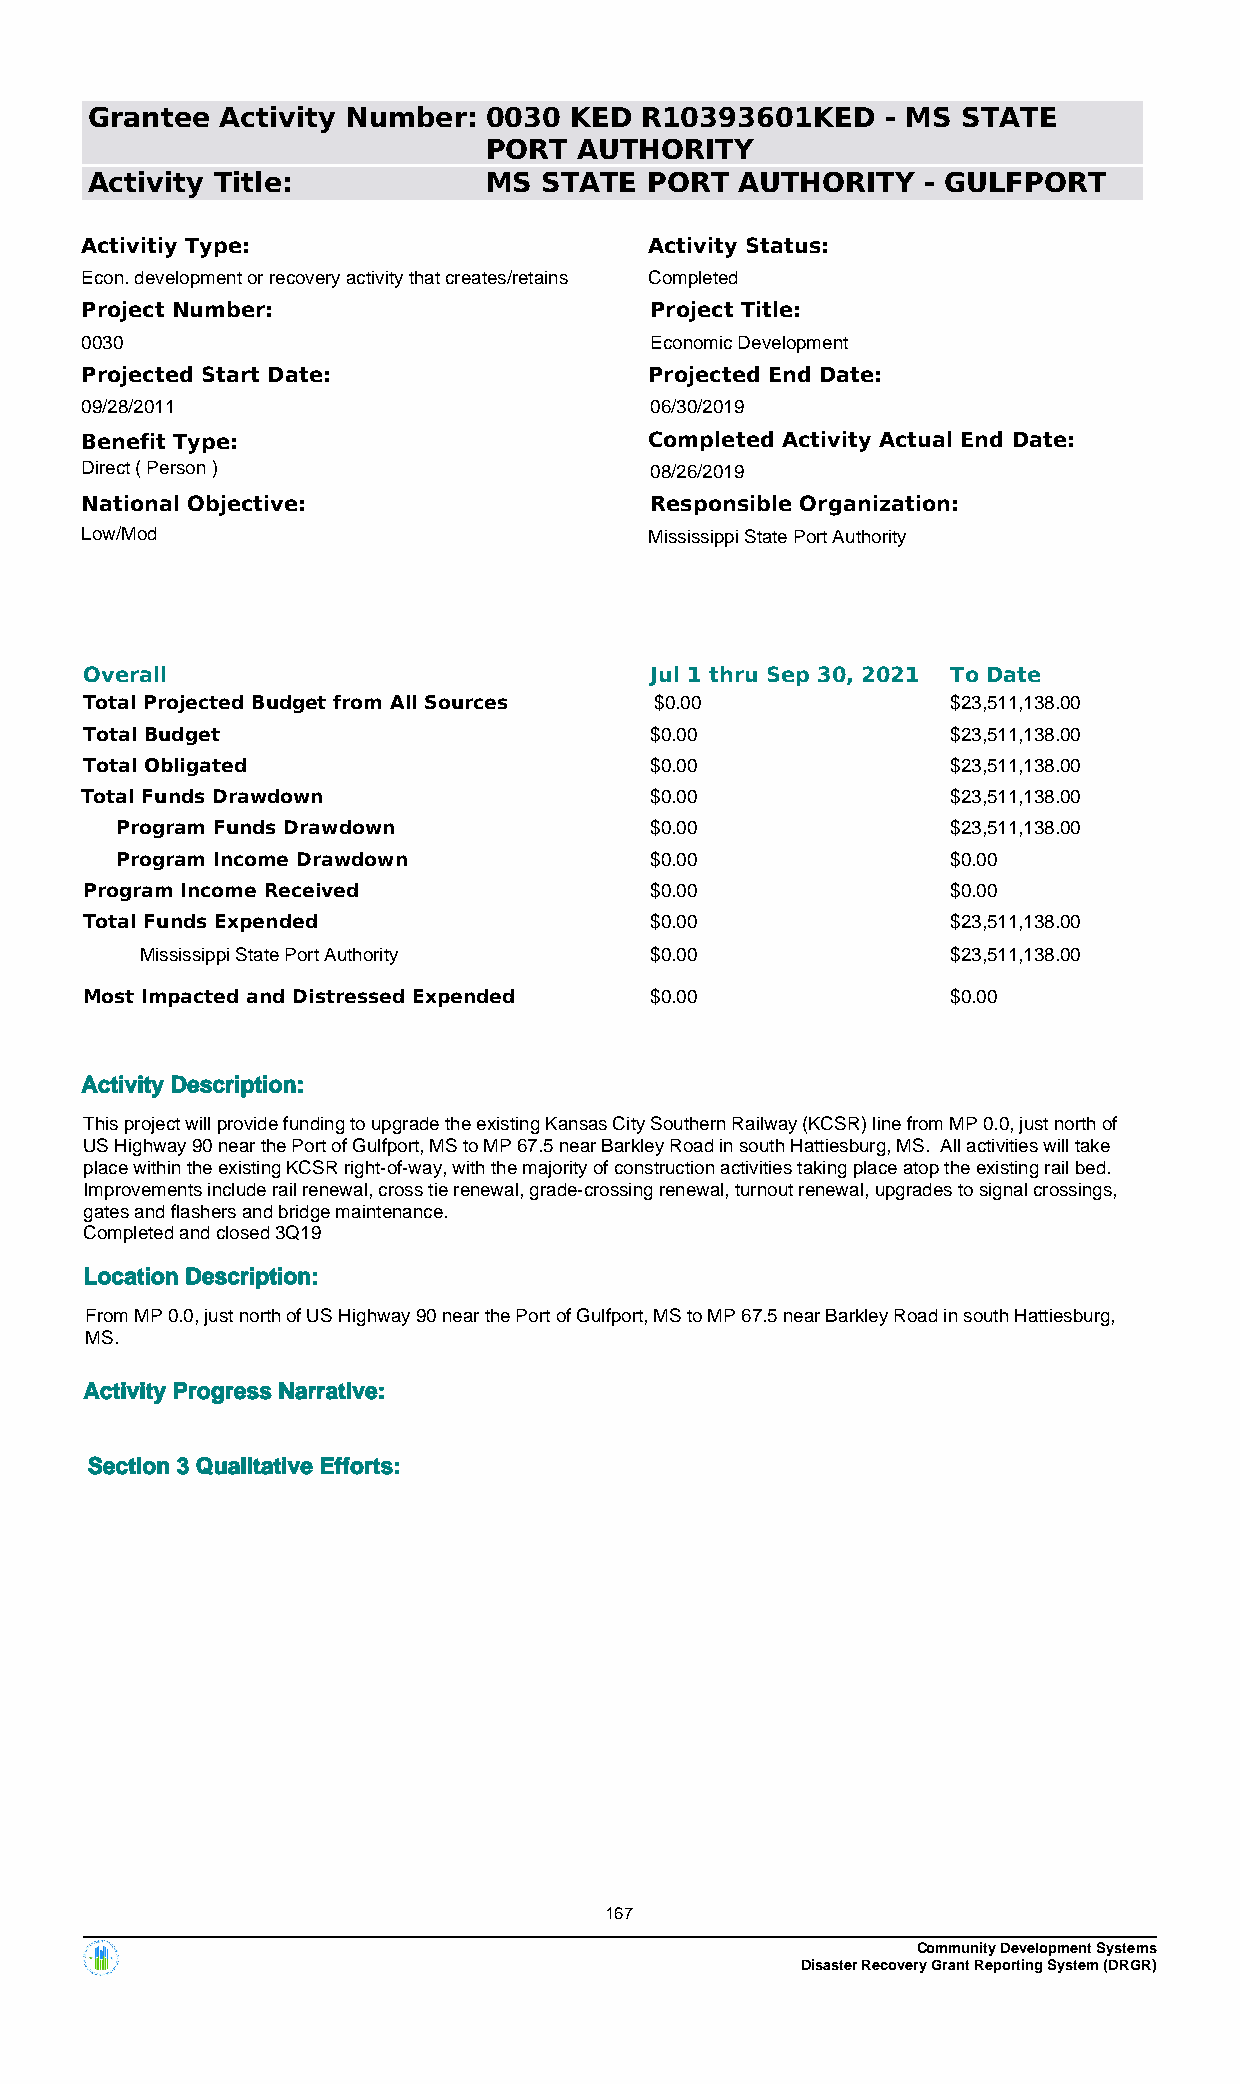
Grantee  Activity Number: 0030  KED R10393601KED     - MS STATE
 PORT  AUTHORITY
 Activity Title:           MS  STATE  PORT  AUTHORITY   - GULFPORT
 Activitiy Type:                       Activity Status:
 Econ. development or recovery activity that creates/retains Completed
 Project Number:                       Project Title:
 0030                                  Economic Development
 Projected Start Date:                 Projected End Date:
 09/28/2011                            06/30/2019
 Benefit Type:                         Completed Activity Actual End Date:
 Direct ( Person )                     08/26/2019
 National Objective:                   Responsible Organization:
 Low/Mod                               Mississippi State Port Authority
 Overall                              Jul 1 thru Sep 30, 2021 To Date
 Total Projected Budget from All Sources $0.00            $23,511,138.00
 Total Budget                         $0.00               $23,511,138.00
 Total Obligated                      $0.00               $23,511,138.00
 Total Funds Drawdown                  $0.00               $23,511,138.00
 Program Funds Drawdown             $0.00               $23,511,138.00
 Program Income Drawdown            $0.00               $0.00
 Program Income Received              $0.00               $0.00
 Total Funds Expended                 $0.00               $23,511,138.00
 Mississippi State Port Authority  $0.00               $23,511,138.00
 Most Impacted and Distressed Expended $0.00              $0.00
 Activity Description:
 This project will provide funding to upgrade the existing Kansas City Southern Railway (KCSR) line from MP 0.0, just north of
 US Highway 90 near the Port of Gulfport, MS to MP 67.5 near Barkley Road in south Hattiesburg, MS. All activities will take
 place within the existing KCSR right-of-way, with the majority of construction activities taking place atop the existing rail bed.
 Improvements include rail renewal, cross tie renewal, grade-crossing renewal, turnout renewal, upgrades to signal crossings,
 gates and flashers and bridge maintenance.
 Completed and closed 3Q19
 Location Description:
 From MP 0.0, just north of US Highway 90 near the Port of Gulfport, MS to MP 67.5 near Barkley Road in south Hattiesburg,
 MS.
 Activity Progress Narrative:
 Section 3 Qualitative Efforts:
 167
 Community Development Systems
 Disaster Recovery Grant Reporting System (DRGR)